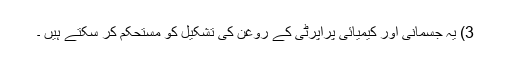
3) یہ جسمانی اور کیمیائی پراپرٹی کے روغن کی تشکیل کو مستحکم کر سکتے ہیں ۔